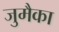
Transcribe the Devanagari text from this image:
जुमैका